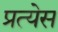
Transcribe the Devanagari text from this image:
प्रत्येस